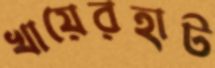
খায়েরহাট